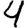
Digit: 4